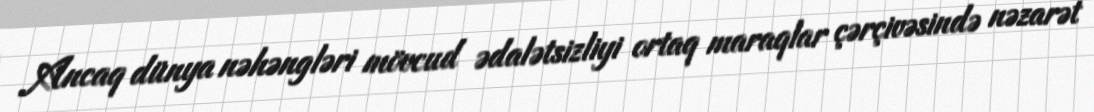
Ancaq dünya nəhəngləri mövcud ədalətsizliyi ortaq maraqlar çərçivəsində nəzarət